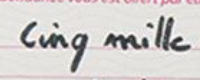
cinq mille